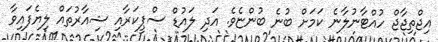
އިޖްތިޖާޖް ހުއްޓާނުލާނެ ކަމަށް ބުނެ ބުންޏެވެ. އަދި ލައުޑް ސްޕީކަރާއި ޝިއާރުތައް ލިޔެފައިވާ